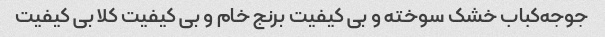
جوجه‌کباب خشک سوخته و بی کیفیت برنج خام و بی کیفیت کلا بی کیفیت